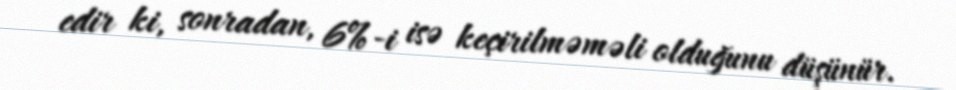
edir ki, sonradan, 6%-i isə keçirilməməli olduğunu düşünür.